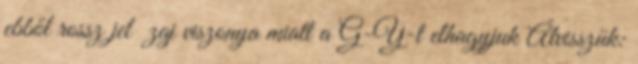
ebből rossz jel zaj viszonya miatt a G-Y-t elhagyjuk Átvisszük: